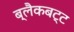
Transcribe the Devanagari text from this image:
ब्लैकबट्ट